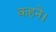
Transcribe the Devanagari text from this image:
कहने।